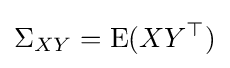
\Sigma _{XY}=\operatorname {E} (XY^{\top })